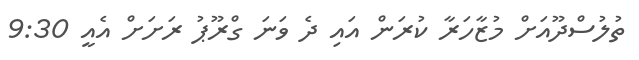
ތުލުސްދޫއަށް މުޒާހަރާ ކުރަން އައި ދެ ވަނަ ގްރޫޕު ރަށަށް އެއީ 9:30